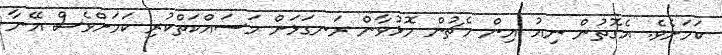
ކަމަށެވެ. އެގޮތުން ނިއު އިން މެޗުން މޮޅުވާން ރަނގަޅަށް މަސައްކަތްކުރި ކަމަށްވެސް އޭނާ